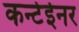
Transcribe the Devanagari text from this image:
कन्टेईनर